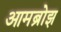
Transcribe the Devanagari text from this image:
आमब्रोझ